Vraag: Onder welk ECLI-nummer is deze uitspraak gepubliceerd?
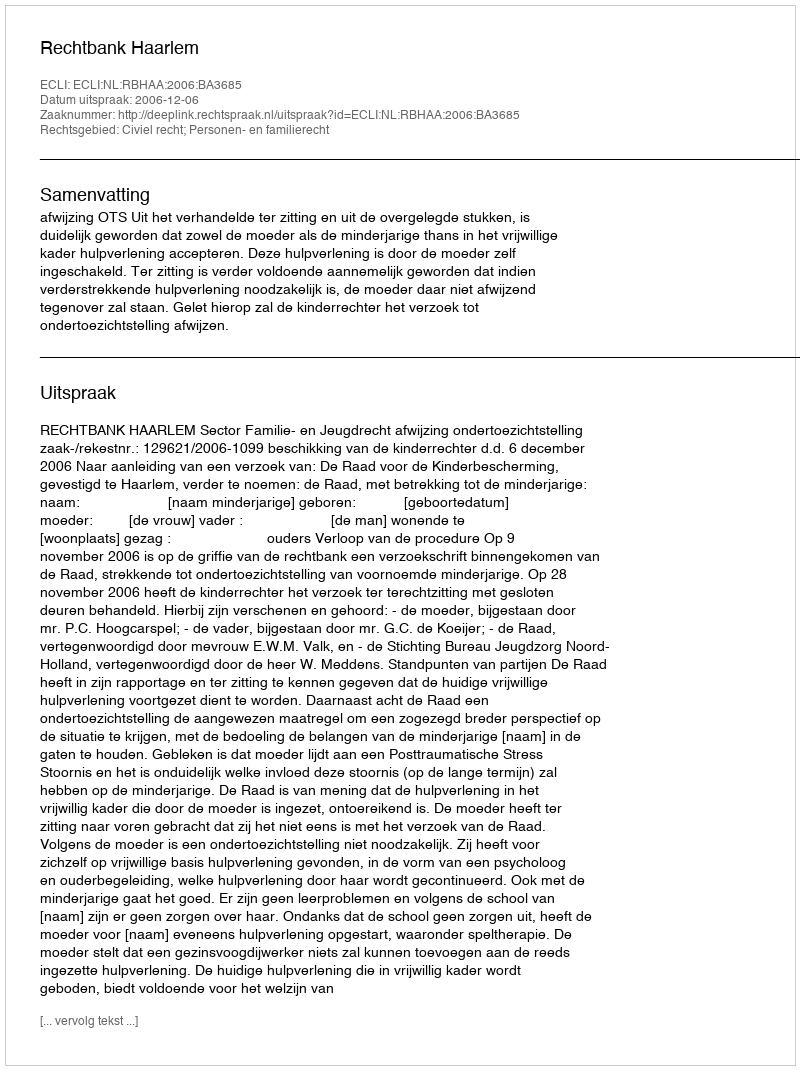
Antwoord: ECLI:NL:RBHAA:2006:BA3685